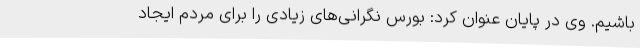
باشیم. وی در پایان عنوان کرد: بورس نگرانی‌های زیادی را برای مردم ایجاد